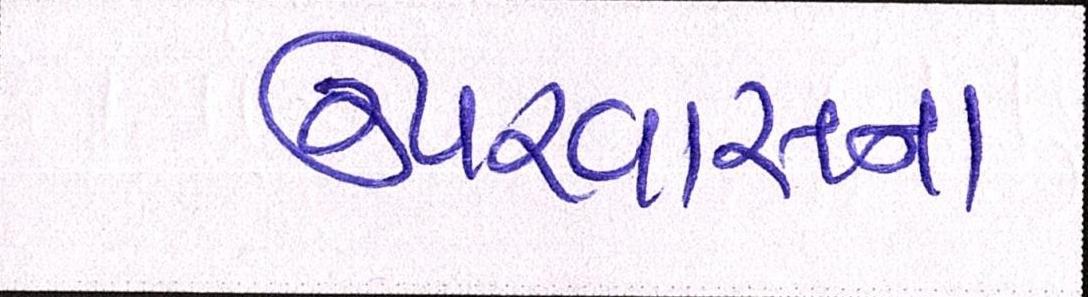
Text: ઉપરવાસના